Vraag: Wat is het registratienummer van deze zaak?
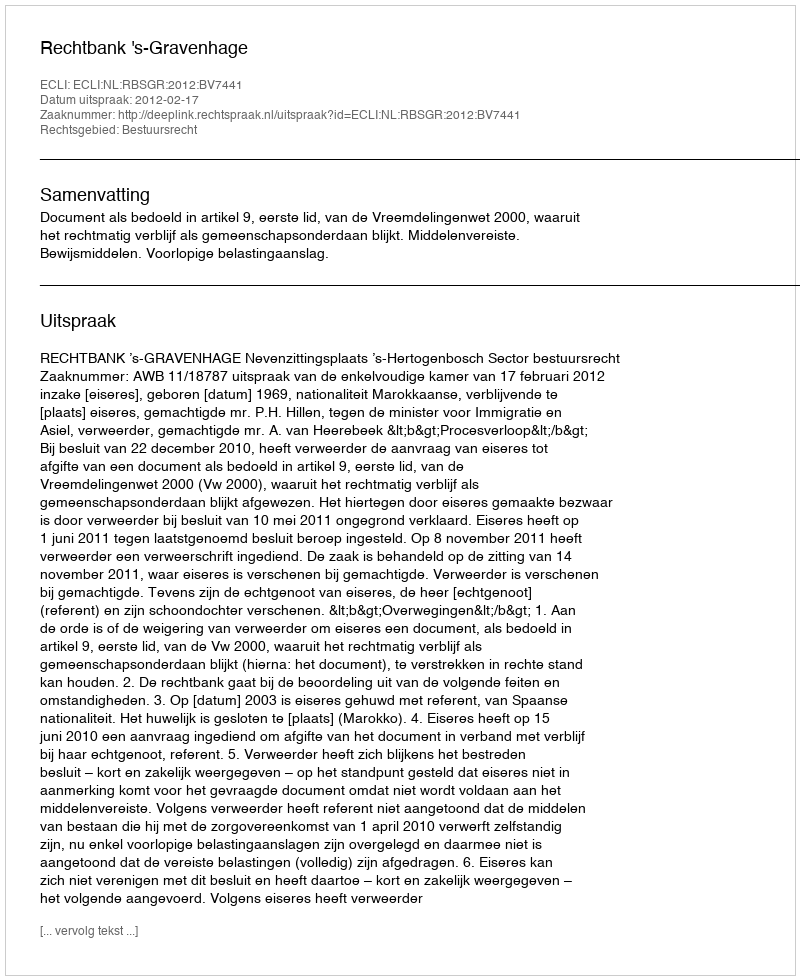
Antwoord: http://deeplink.rechtspraak.nl/uitspraak?id=ECLI:NL:RBSGR:2012:BV7441